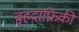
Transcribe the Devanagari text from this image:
बृहदाफ्रिकी